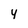
Character: 4